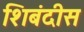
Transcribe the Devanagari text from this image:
शिबंदीस